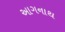
આગનાથ